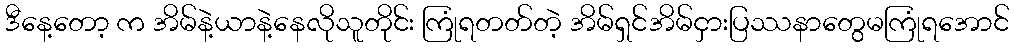
ဒီနေ့တော့ က အိမ်နဲ့ယာနဲ့နေလိုသူတိုင်း ကြုံရတတ်တဲ့ အိမ်ရှင်အိမ်ငှားပြဿနာတွေမကြုံရအောင်